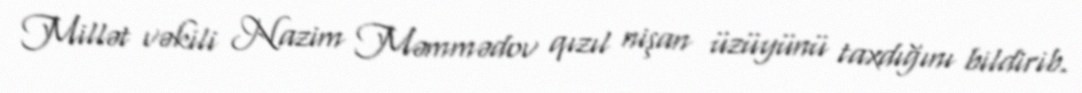
Millət vəkili Nazim Məmmədov qızıl nişan üzüyünü taxdığını bildirib.